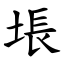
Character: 㙊